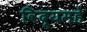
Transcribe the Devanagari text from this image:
विद्यमहे